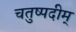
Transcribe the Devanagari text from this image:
चतुष्पदीम्